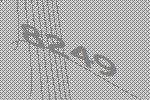
8249